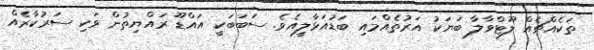
ތަކެއްޗެއް ލޫޓްވާލާ ބަޔަކު އަރުތެއްމައި ބަޑުއަޅާލީއެވެ. ސަބަބަކީ އައްޑޫ ރައްޔިތުން ވަކި ސަރުކާރެއް